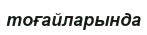
тоғайларында